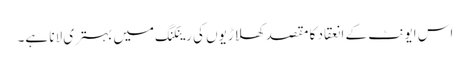
اس ایونٹ کے انعقاد کا مقصد کھلاڑیوں کی رینکنگ میں بہتری لانا ہے۔